Indian Civil Veterinary Department memoirs
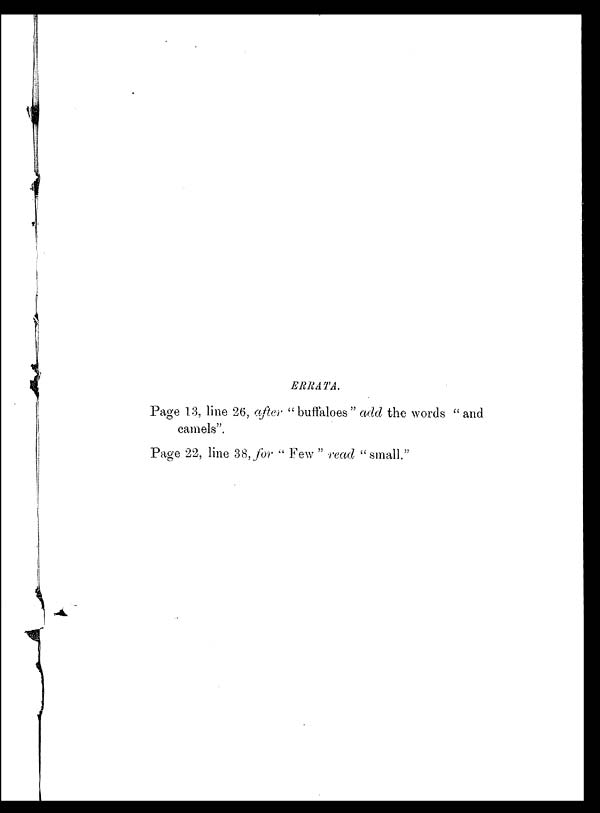
ERRATA.
Page 13, line 26, after "buffaloes" add the words "and
camels".
Page 22, line 38, for "Few" read "small."